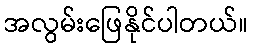
အလွမ်းဖြေနိုင်ပါတယ်။